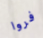
فروا